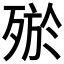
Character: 𣨝